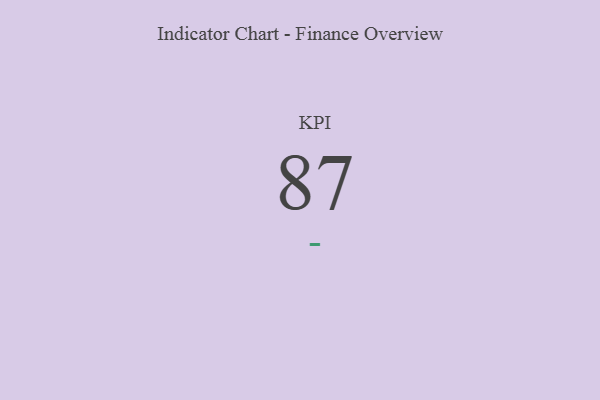
{"axis": {"x": "KPI", "y": "Value"}, "legend": [""], "data": [{"x": "KPI", "y": 87, "type": ""}]}